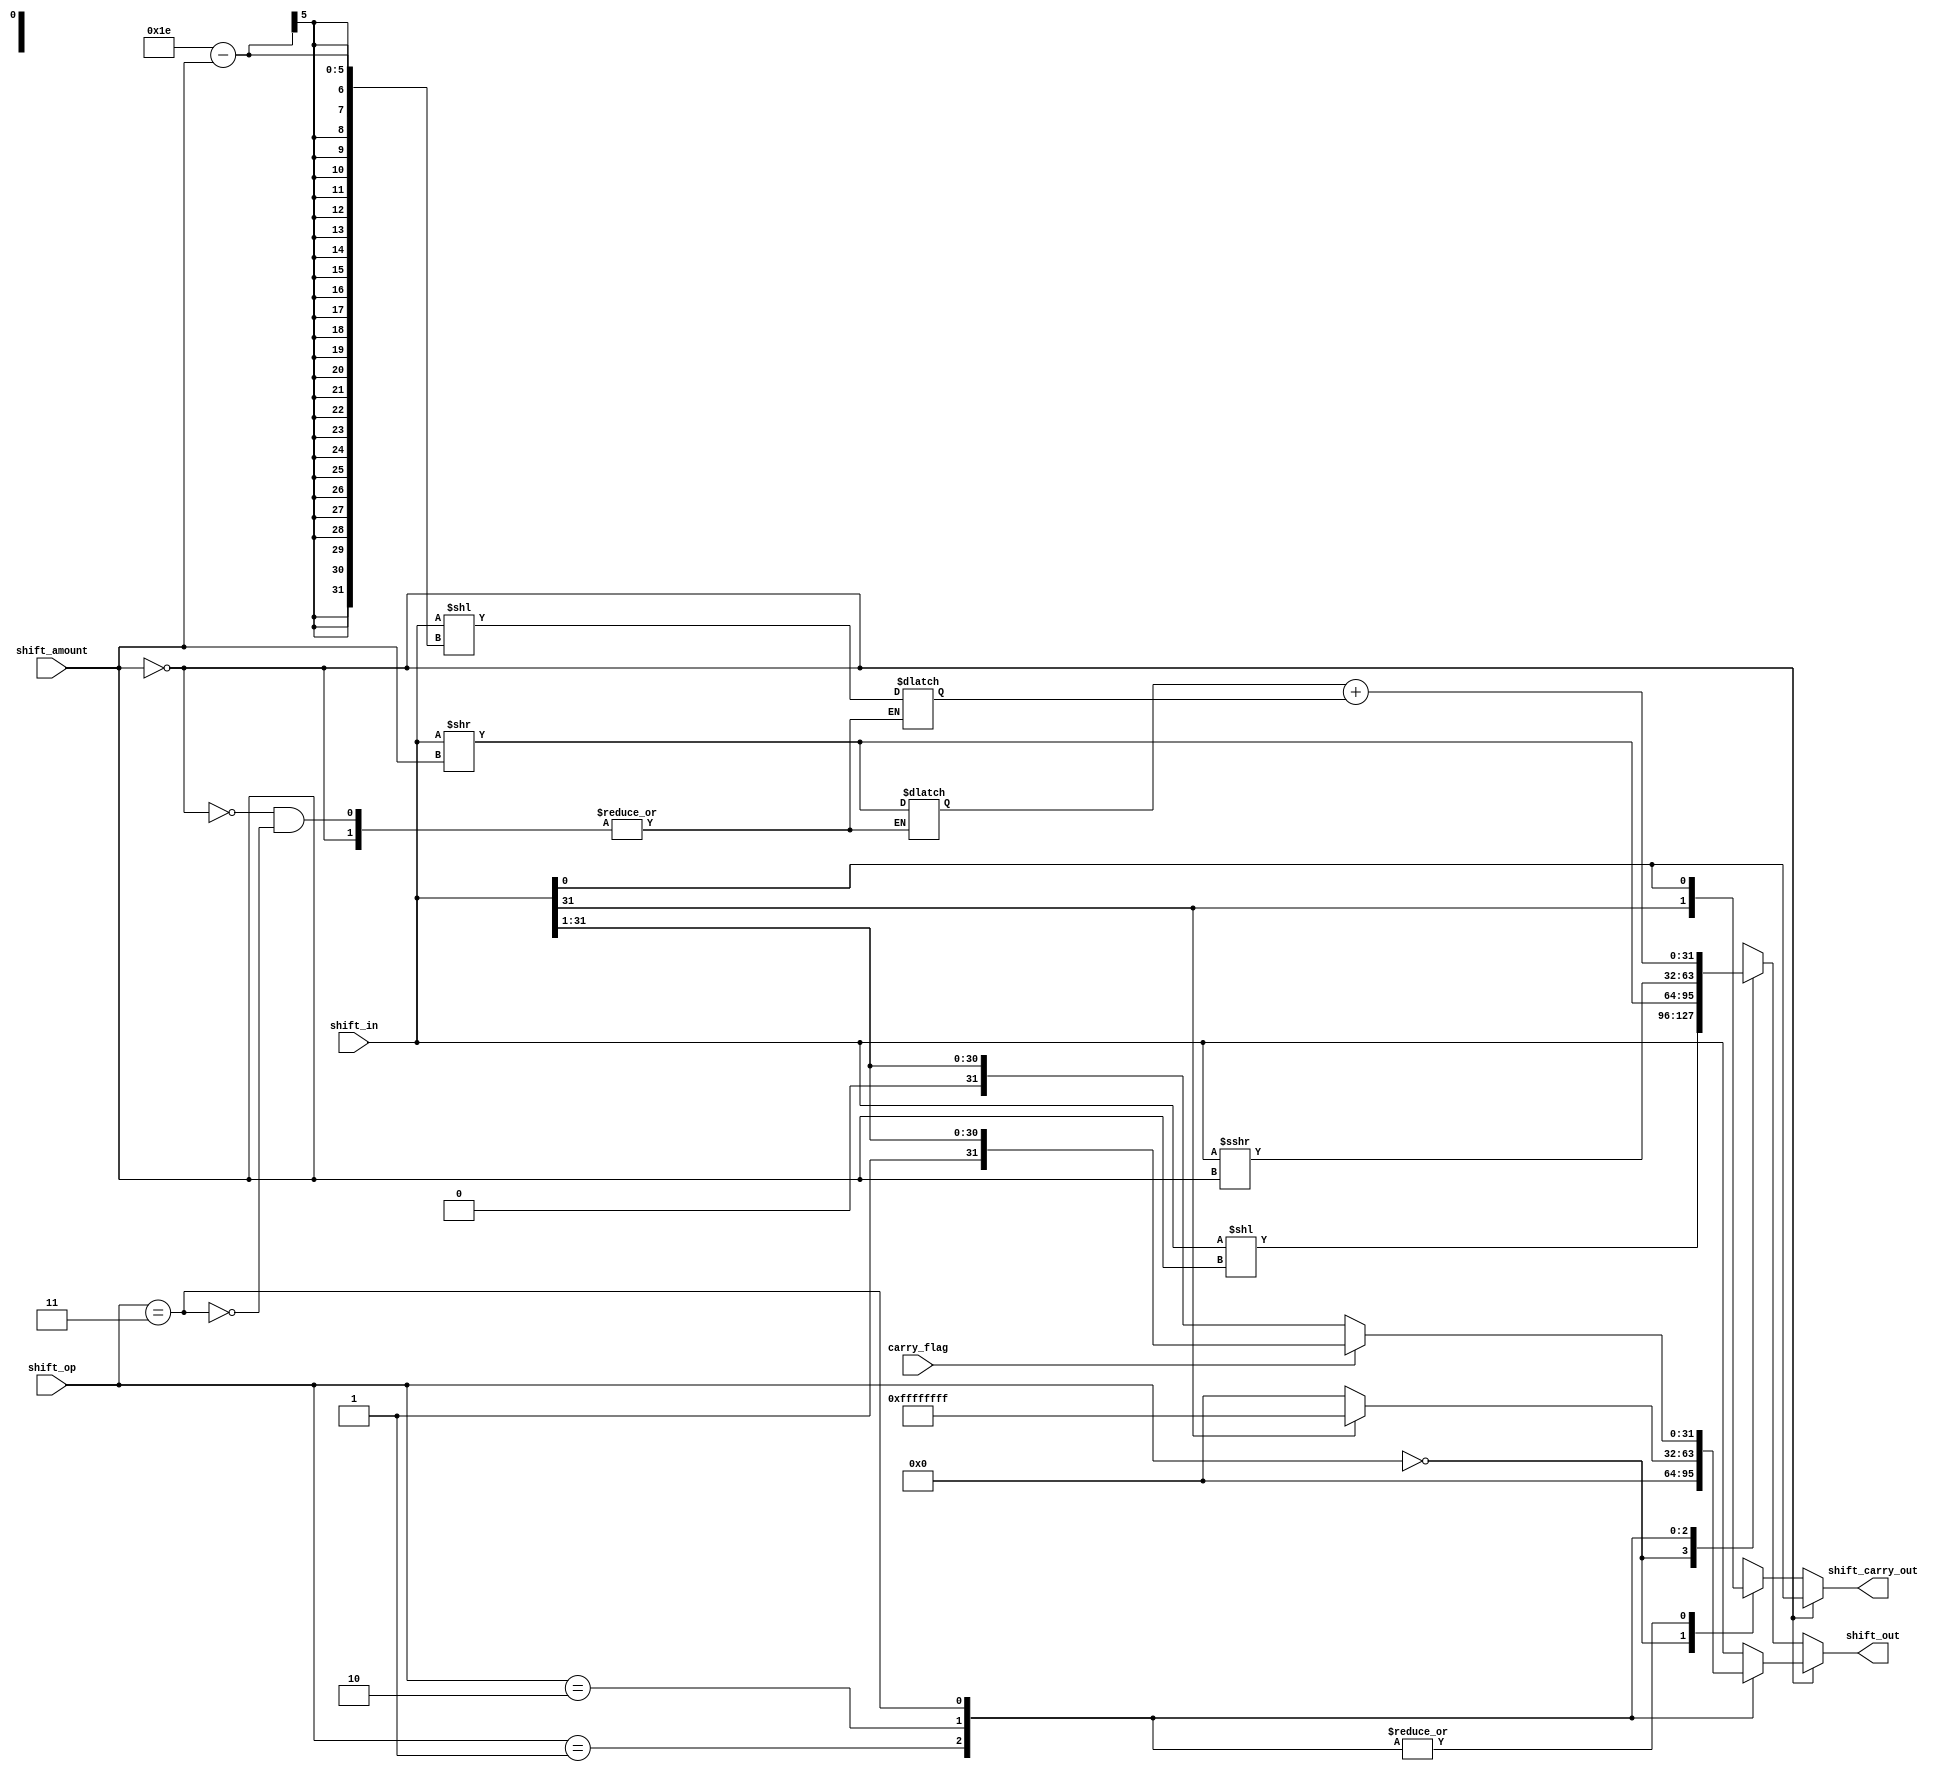
module barrel_shift_arm
#(parameter DATA_WIDTH = 32 , parameter ADDR_WIDTH = 5)
(  
    	input [(DATA_WIDTH -1):0] shift_in,
   	input [(ADDR_WIDTH -1):0] shift_amount,
    	input [1:0] shift_op,
    	input carry_flag,
    	output reg [(DATA_WIDTH -1):0] shift_out,
    	output reg shift_carry_out
);
	integer i;
    	reg [(DATA_WIDTH -1):0] inter1;
    	reg [(DATA_WIDTH -1):0] inter2;

	always@(*)
	begin
		shift_out = shift_in;
		shift_carry_out = carry_flag;
		case(shift_amount)
			0:begin shift_carry_out = shift_out[0];	
			    case(shift_op)
					1:shift_out=0;
					2:if(shift_out[(DATA_WIDTH -1)] == 0) shift_out = 0; else shift_out = 32'hffffffff;
					3:if(carry_flag == 0) shift_out = {1'b0 , shift_out[(DATA_WIDTH -1):1]}; else shift_out = {1'b1 , shift_out[(DATA_WIDTH -1):1]};
				endcase
				end
			default:
					case(shift_op)
						0: begin shift_carry_out = shift_out[(DATA_WIDTH -1)]; shift_out = shift_in << shift_amount;end
						1: begin shift_carry_out = shift_out[0]; shift_out = shift_in >> shift_amount;end
						2: begin shift_carry_out = shift_out[0]; shift_out = $signed(shift_in) >>>shift_amount ;end
						3: begin shift_carry_out = shift_out[0]; inter1 <= shift_in >> shift_amount; inter2 <= shift_in << (DATA_WIDTH -2-shift_amount); shift_out = inter1 + inter2;end						
					endcase
		endcase
	end


    
endmodule